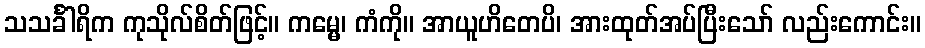
သသင်္ခါရိက ကုသိုလ်စိတ်ဖြင့်။ ကမ္မေ၊ ကံကို။ အာယူဟိတေပိ၊ အားထုတ်အပ်ပြီးသော် လည်းကောင်း။